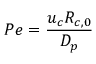
P e = \frac { { { u _ { c } } { R _ { c , 0 } } } } { { { D _ { p } } } }